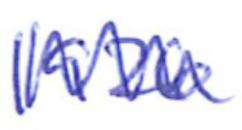
Text: 1926
Cross-out: zig-zag
Writing tool: ballpoint